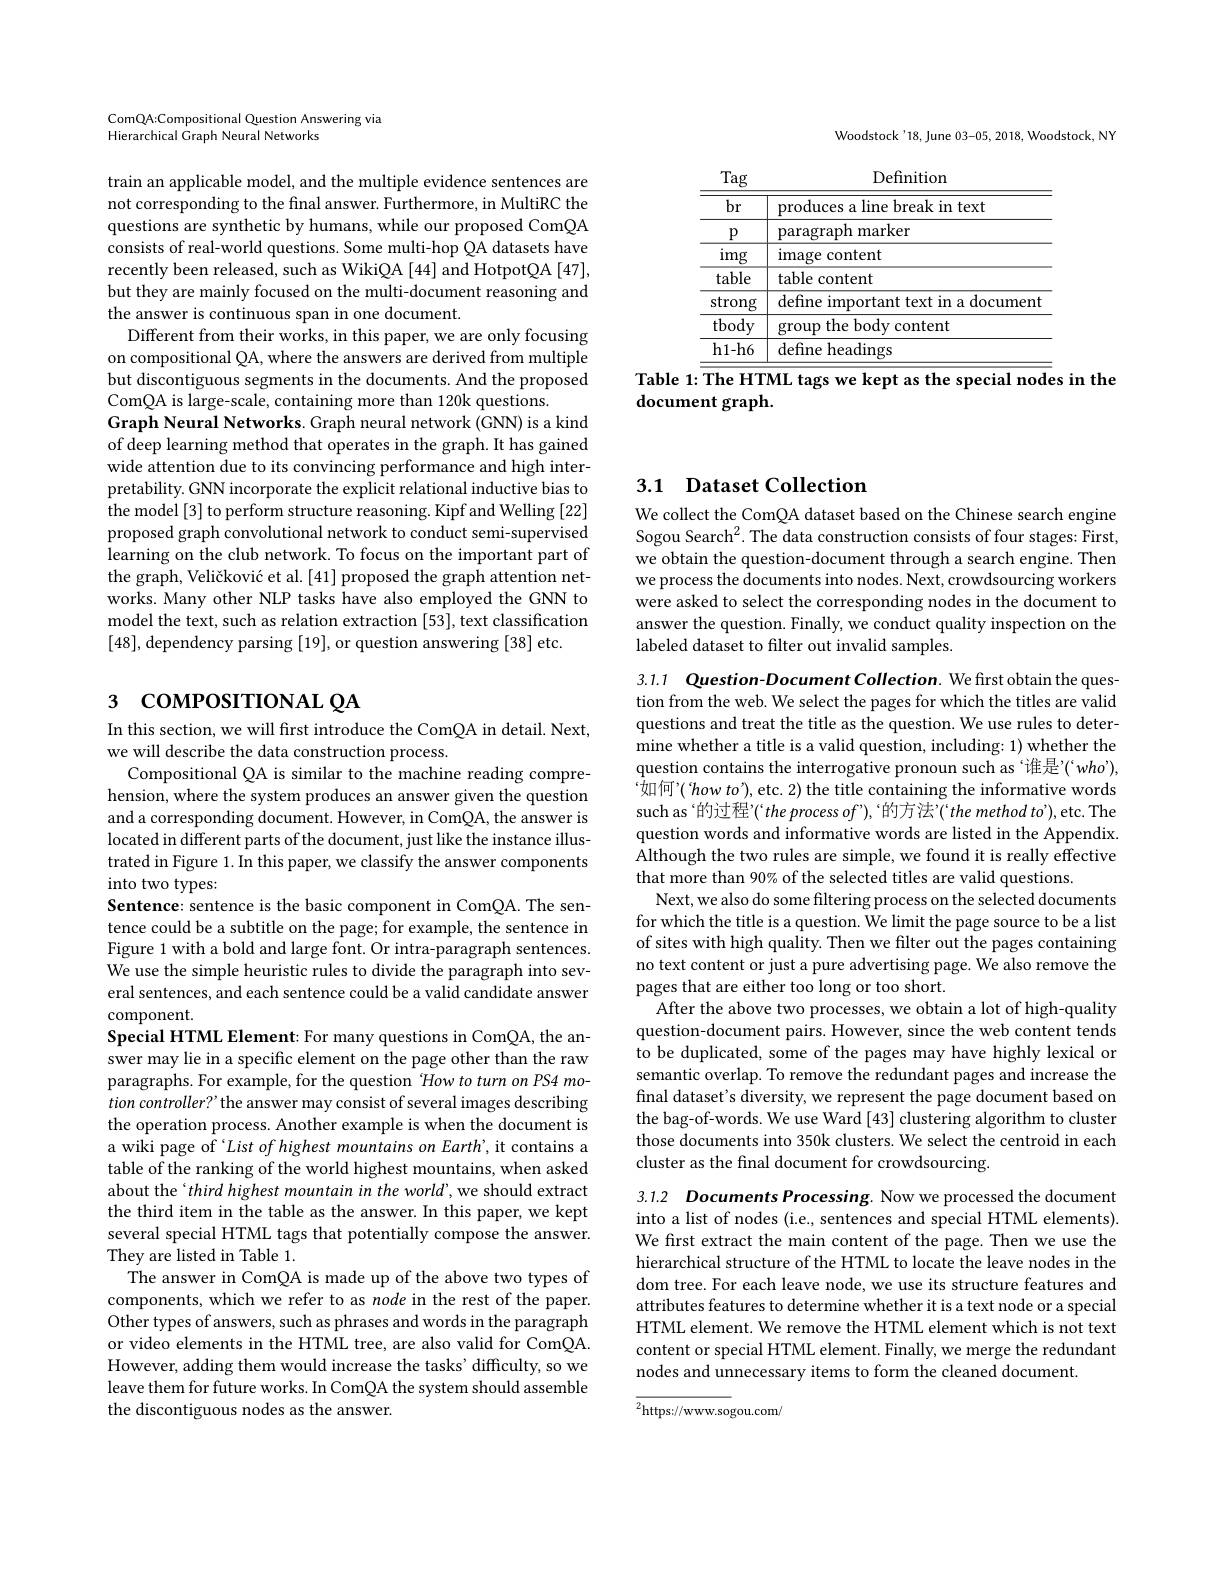
Woodstock'18, June 03-05, 2018, Woodstock, NY

<table>
	<tbody>
		<tr>
			<td>Tag</td>
			<td>Definition</td>
		</tr>
		<tr>
			<td>$br$</td>
			<td>produces a line break in text</td>
		</tr>
		<tr>
			<td>$p$</td>
			<td>paragraph marker</td>
		</tr>
		<tr>
			<td>img</td>
			<td>image content</td>
		</tr>
		<tr>
			<td>table</td>
			<td>table content</td>
		</tr>
		<tr>
			<td>strong</td>
			<td>define important text in a documen</td>
		</tr>
		<tr>
			<td>$\overline{\mathrm{tbody}}$</td>
			<td>group the body content</td>
		</tr>
		<tr>
			<td>h1-h6</td>
			<td>define headings</td>
		</tr>
	</tbody>
</table>

Table 1: $\overline{\text{The HTML tags we kept as the special nodes in the}}$

document graph.

ComQA:Compositional Question Answering via
Hierarchical Graph Neural Networks

train an applicable model, and the multiple evidence sentences are not corresponding to the final answer. Furthermore, in MultiRC the questions are synthetic by humans, while our proposed ComQA consists of real-world questions. Some multi-hop QA datasets have recently been released, such as WikiQA [44] and HotpotQA [47], but they are mainly focused on the multi-document reasoning and the answer is continuous span in one document.
Different from their works, in this paper, we are only focusing on compositional QA, where the answers are derived from multiple but discontiguous segments in the documents. And the proposed ComQA is large-scale, containing more than 120k questions.
Graph Neural Networks. Graph neural network (GNN) is a kind of deep learning method that operates in the graph. It has gained wide attention due to its convincing performance and high interpretability. GNN incorporate the explicit relational inductive bias to the model [3] to perform structure reasoning. Kipf and Welling [22] proposed graph convolutional network to conduct semi-supervised learning on the club network. To focus on the important part of the graph, Veličković et al. [41] proposed the graph attention networks. Many other NLP tasks have also employed the GNN to model the text, such as relation extraction [53], text classification [48], dependency parsing [19],or question answering [38] etc.

# з coмроsıтıonaL QA

In this section, we will first introduce the ComQA in detail. Next,
we will describe the data construction process
Compositional QA is similar to the machine reading comprehension, where the system produces an answer given the question and a corresponding document. However, in ComQA, the answer is located in different parts of the document, just like the instance illustrated in Figure 1. In this paper, we classify the answer components into two types:
Sentence: sentence is the basic component in ComQA. The sentence could be a subtitle on the page; for example, the sentence in Figure 1 with a bold and large font. Or intra-paragraph sentences. We use the simple heuristic rules to divide the paragraph into several sentences, and each sentence could be a valid candidate answer component.
Special HTML Element: For many questions in ComQA, the answer may lie in a specific element on the page other than the raw paragraphs. For example, for the question $How\textit{to turn on PS4 mo- }$ $tion\textit{ controller? the answer may consist of several images describing}$ the operation process. Another example is when the document is a wiki page of `List of highest mountains on Earth', it contains a table of the ranking of the world highest mountains, when asked about the‘third highest mountain in the world’, we should extract the third item in the table as the answer. In this paper, we kept several special HTML tags that potentially compose the answer. They are listed in Table 1.
The answer in ComQA is made up of the above two types of components, which we refer to as node in the rest of the paper. Other types of answers, such as phrases and words in the paragraph or video elements in the HTML tree, are also valid for ComQA. However, adding them would increase the tasks' difficulty, so we leave them for future works. In ComQA the system should assemble the discontiguous nodes as the answer.

# 3.1 Dataset Collection

We collect the ComQA dataset based on the Chinese search engine Sogou Search$^2.$ The data construction consists of four stages: First, we obtain the question-document through a search engine. Then we process the documents into nodes. Next, crowdsourcing workers were asked to select the corresponding nodes in the document to answer the question. Finally, we conduct quality inspection on the labeled dataset to filter out invalid samples.

3.1.1 Question-Document Collection. We first obtain the question from the web. We select the pages for which the titles are valid questions and treat the title as the question. We use rules to determine whether a title is a valid question, including: 1) whether the question contains the interrogative pronoun such as `谁是"(“who’), 如何’( how to'), etc. 2) the title containing the informative words such as‘的过程”(“the process of’),“的方法”(“the method to’),etc. The question words and informative words are listed in the Appendix. Although the two rules are simple, we found it is really effective that more than 90% of the selected titles are valid questions.
Next, we also do some filtering process on the selected documents for which the title is a question. We limit the page source to be a list of sites with high quality. Then we filter out the pages containing no text content or just a pure advertising page. We also remove the pages that are either too long or too short.
After the above two processes, we obtain a lot of high-quality question-document pairs. However, since the web content tends $\hat{\text{to be duplicated, some of the pages may have highly lexical or}}$ semantic overlap. To remove the redundant pages and increase the final dataset's diversity, we represent the page document based on the bag-of-words. We use Ward [43] clustering algorithm to cluster those documents into 350k clusters. We select the centroid in each cluster as the final document for crowdsourcing.

3.1.2 Documents Processing. Now we processed the document into a list of nodes (i.e., sentences and special HTML elements). We first extract the main content of the page. Then we use the hierarchical structure of the HTML to locate the leave nodes in the dom tree. For each leave node, we use its structure features and attributes features to determine whether it is a text node or a special HTML element. We remove the HTML element which is not text content or special HTML element. Finally, we merge the redundant nodes and unnecessary items to form the cleaned document.

$^{2}$https://www.sogou.com/